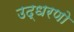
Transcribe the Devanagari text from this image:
उद्धरणो